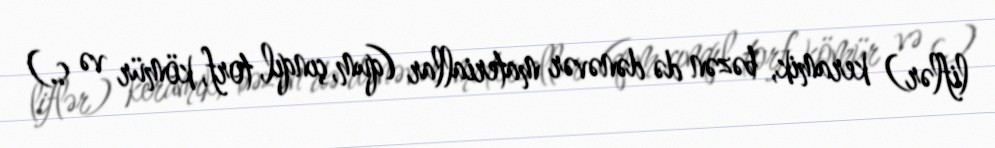
liflər) keramik, bəzən də dənəvər materiallar (qum, çınqıl, torf, kömür və s.)